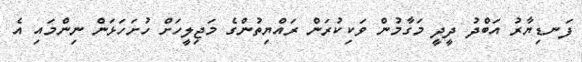
ފަނޑިޔާރު އަބްދު ދީދީ މަގާމުން ވަކިކުރަން ރައްޔިތުންގެ މަޖިލީހަށް ހުށަހަޅަން ނިންމައި އެ